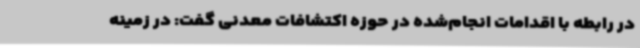
در رابطه با اقدامات انجام‌شده در حوزه اکتشافات معدنی گفت: در زمینه